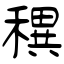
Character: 穓